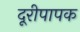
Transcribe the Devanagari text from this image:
दूरीपापक